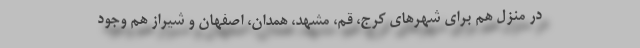
در منزل هم برای شهرهای کرج، قم، مشهد، همدان، اصفهان و شیراز هم وجود